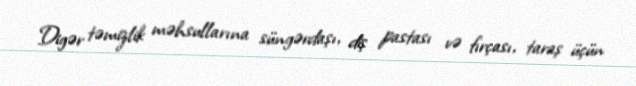
Digər təmizlik məhsullarına süngərdaşı, diş pastası və fırçası, taraş üçün